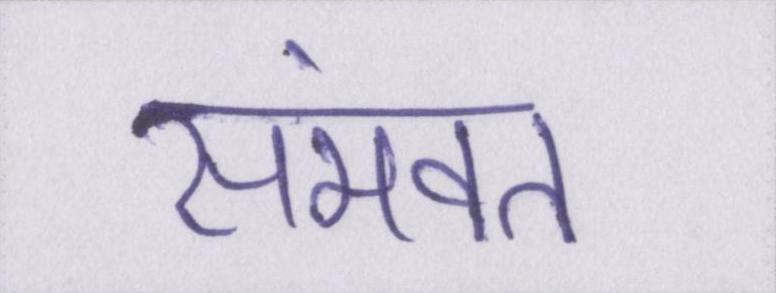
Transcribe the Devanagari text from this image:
संभवत